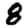
Digit: 8